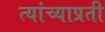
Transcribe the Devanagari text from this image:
त्यांच्याप्रती